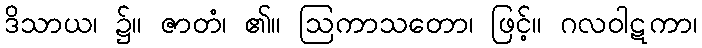
ဒိသာယ၊ ၌။ ဇာတံ၊ ၏။ ဩကာသတော၊ ဖြင့်။ ဂလဝါဋကာ၊